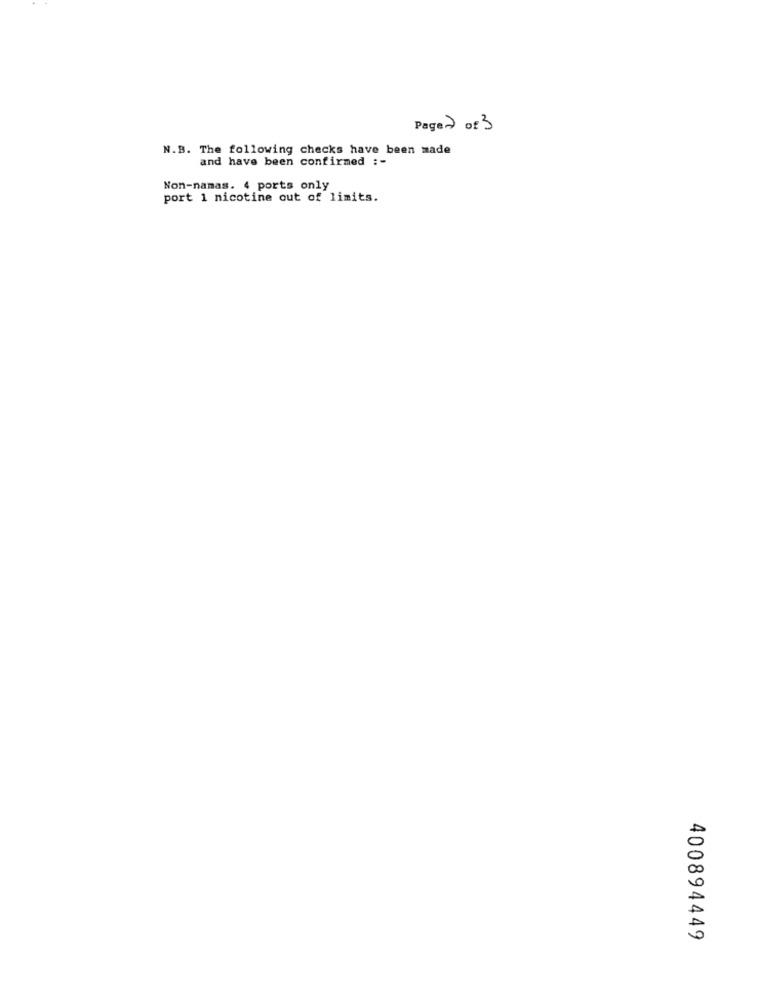
Page 2 of 3
N.B. The following checks have been made
and have been confirmed :-
Non-namas. 4 ports only
port 1 nicotine out of limits.
400894449